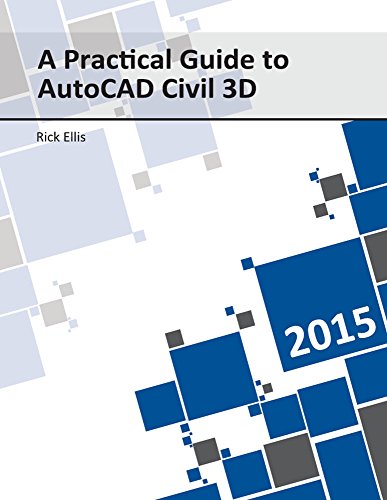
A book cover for A Practical Guide to AutoCAD Civil 3D 2015; Rick Ellis; Engineering & Transportation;